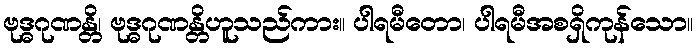
ဗုဒ္ဓဂုဏန္တိ၊ ဗုဒ္ဓဂုဏန္တိဟူသည်ကား။ ပါရမီတော၊ ပါရမီအစရှိကုန်သော။